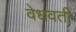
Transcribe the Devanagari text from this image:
वेधवती